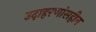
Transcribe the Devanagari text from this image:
उदाहरणांसहीत